Report of the Indian Hemp Drugs Commission, 1894-1895 - Volume VI
Year: 1894
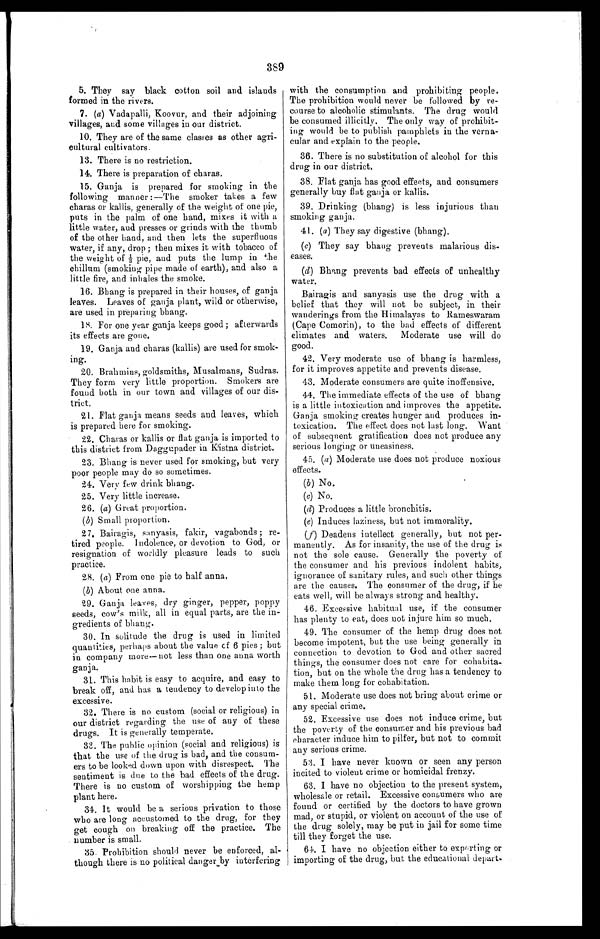
389
5. They say black cotton soil and islands
formed in the rivers.
7. (a) Vadapalli, Koovur, and their adjoining
villages, and some villages in our district.
10. They are of the same classes as other agri-
cultural cultivators.
13. There is no restriction.
14. There is preparation of charas.
15. Ganja is prepared for smoking in the
following manner:—The smoker takes a few
charas or kallis, generally of the weight of one pie,
puts in the palm of one hand, mixes it with a
little water, and presses or grinds with the thumb
of the other hand, and then lets the superfluous
water, if any, drop; then mixes it with tobacco of
t he wei ght of 1/ 3 pi e, and put s t he l ump i n t he
chillum (smoking pipe made of earth), and also a
little fire, and inhales the smoke.
16. Bhang is prepared in their houses, of ganja
leaves. Leaves of ganja plant, wild or otherwise,
are used in preparing bhang.
18. For one year ganja keeps good; afterwards
its effects are gone.
19. Ganja and charas (kallis) are used for smok-
ing.
20. Brahmins, goldsmiths, Musalmans, Sudras.
They form very little proportion. Smokers are
found both in our town and villages of our dis-
trict.
21. Flat ganja means seeds and leaves, which
is prepared here for smoking.
22. Charas or kallis or flat ganja is imported to
this district from Daggupader in Kistna district.
23. Bhang is never used for smoking, but very
poor people may do so sometimes.
24. Very few drink bhang.
25. Very little increase.
26. (a) Great proportion.
(b) Small proportion.
27. Bairagis, sanyasis, fakir, vagabonds; re-
tired people. Indolence, or devotion to God, or
resignation of worldly pleasure leads to such
practice.
28. (a) From one pie to half anna
.
(b) About one anna.
29. Ganja leaves, dry ginger, pepper, poppy
seeds, cow's milk, all in equal parts, are the in-
gredients of bhang.
30. In solitude the drug is used in limited
quantities, perhaps about the value of 6 pies; but
in company more—not less than one anna worth
ganja.
31. This habit is easy to acquire, and easy to
break off, and has a tendency to develop into the
excessive.
32. There is no custom (social or religious) in
our district regarding the use of any of these
drugs. It is generally temperate.
33. The public opinion (social and religious) is
that the use of the drug is bad, and the consum-
ers to be looked down upon with disrespect. The
sentiment is due to the bad effects of the drug.
There is no custom of worshipping the hemp
plant here.
34. It would be a serious privation to those
who are long accustomed to the drug, for they
get cough on breaking off the practice. The
number is small.
35. Prohibition should never be enforced, al-
though there is no political danger by interfering
with the consumption and prohibiting people.
The prohibition would never be followed by re-
course to alcoholic stimulants. The drug would
be consumed illicitly. The only way of prohibit-
ing would be to publish pamphlets in the verna-
cular and explain to the people.
36. There is no substitution of alcohol for this
drug in our district.
38. Flat ganja has good effects, and consumers
generally buy flat ganja or kallis.
39. Drinking (bhang) is less injurious than
smoking ganja.
41. (a) They say digestive (bhang).
(c) They say bhang prevents malarious dis-
eases.
(d)
Bhang prevents bad effects of unhealthy
water.
Bairagis and sanyasis use the drug with a
belief that they will not be subject, in their
wanderings from the Himalayas to Rameswaram
(Cape Comorin), to the bad effects of different
climates and waters. Moderate use will do
good.
42. Very moderate use of bhang is harmless,
for it improves appetite and prevents disease.
43. Moderate consumers are quite inoffensive.
44. The immediate effects of the use of bhang
is a little intoxication and improves the appetite.
Ganja smoking creates hunger and produces in-
toxication. The effect does not last long. Want
of subsequent gratification does not produce any
serious longing or uneasiness.
45. (a) Moderate use does not produce noxious
effects.
(b) No.
(c) No.
(d) Produces a little bronchitis.
(e) Induces laziness, but not immorality.
(f) Deadens intellect generally, but not per-
manently. As for insanity, the use of the drug is
not the sole cause. Generally the poverty of
the consumer and his previous indolent habits,
ignorance of sanitary rules, and such other things
are the causes. The consumer of the drug, if he
eats well, will be always strong and healthy.
46. Excessive habitual use, if the consumer
has plenty to eat, does not injure him so much.
49. The consumer of the hemp drug does not
become impotent, but the use being generally in
connection to devotion to God and other sacred
things, the consumer does not care for cohabita-
tion, but on the whole the drug has a tendency to
make them long for cohabitation.
51. Moderate use does not bring about crime or
any special crime.
52. Excessive use does not induce crime, but
the poverty of the consumer and his previous bad
character induce him to pilfer, but not to commit
any serious crime.
53. I have never known or seen any person
incited to violent crime or homicidal frenzy.
63. I have no objection to the present system,
wholesale or retail. Excessive consumers who are
found or certified by the doctors to have grown
mad, or stupid, or violent on account of the use of
the drug solely, may be put in jail for some time
till they forget the use.
64. I have no objection either to exporting or
importing of the drug, but the educational depart-